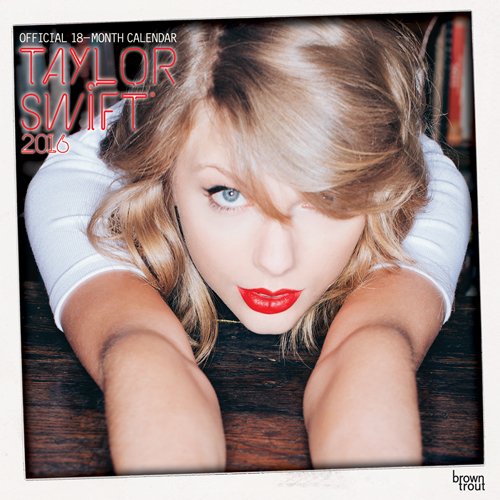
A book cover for Taylor Swift 2016 Square 12x12 (Multilingual Edition); Browntrout Publishers; Calendars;